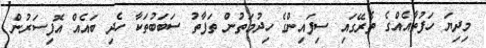
މިދިޔަ ހަފުތާއެއްގެ ތެރޭގައި ސިފައިންގެ ހިދުމަތުން ތަފާތު ސަބަބުތަކާ ހެދި ބައެއް އޮފިސަރުން